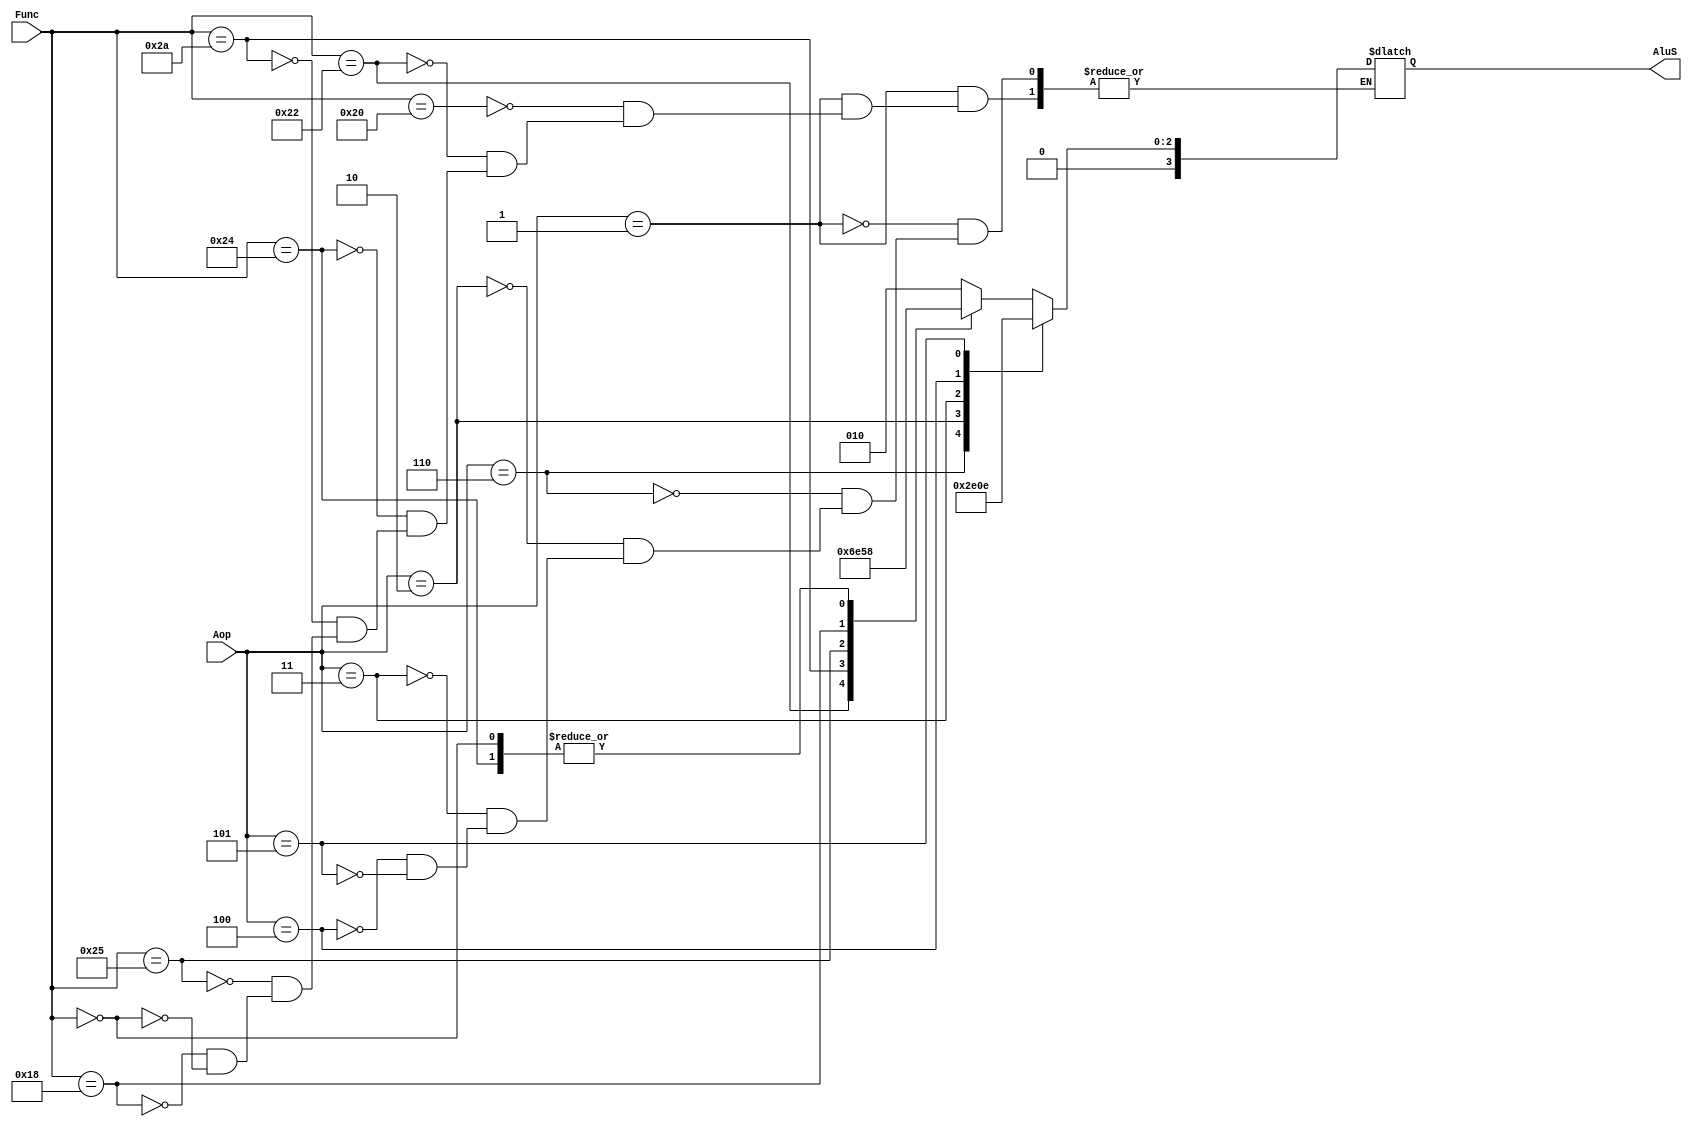
`timescale 1ns/1ns

module AluControl(
    input [2:0]Aop,
    input [5:0]Func,
    output reg [3:0]AluS
);

always @* 
begin
    case(Aop)
      3'b001:
      begin
        case (Func)
            6'b100000:
            begin
              AluS = 4'b0010;
            end
            6'b100010:
            begin
              AluS = 4'b0110;
            end
            6'b100100:
            begin
              AluS = 4'b0000;
            end
            6'b101010:
            begin
              AluS = 4'b0111;
            end
            6'b100101:
            begin
              AluS = 4'b0001;
            end
            6'b011000:
            begin
              AluS = 4'b0011;
            end
            6'b000000:
            begin
              AluS = 4'b0000;
            end
        endcase
      end
      //lw, Sw, Addi, beq
      3'b110:
      begin
        AluS = 4'b0010;
      end
      //slti
      3'b010:
      begin
        AluS = 4'b0111;
      end
      //andi
      3'b011:
      begin
        AluS = 4'b0000;
      end
      //ori
      3'b100:
      begin
        AluS = 4'b0001;
      end
      3'b101:
      begin
        AluS = 4'b0110;
      end
      default:
      begin
      end 
    endcase

end

endmodule